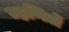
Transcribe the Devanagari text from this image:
म्हणिलें